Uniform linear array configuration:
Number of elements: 4
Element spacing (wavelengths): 0.25
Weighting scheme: exponential
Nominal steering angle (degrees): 60
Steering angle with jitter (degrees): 59.82
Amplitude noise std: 0.05
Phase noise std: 0.05

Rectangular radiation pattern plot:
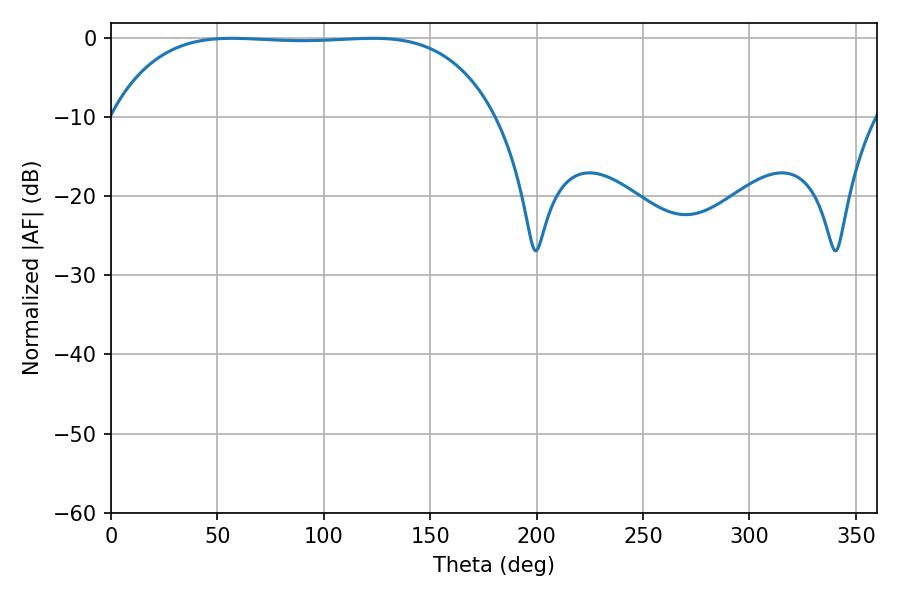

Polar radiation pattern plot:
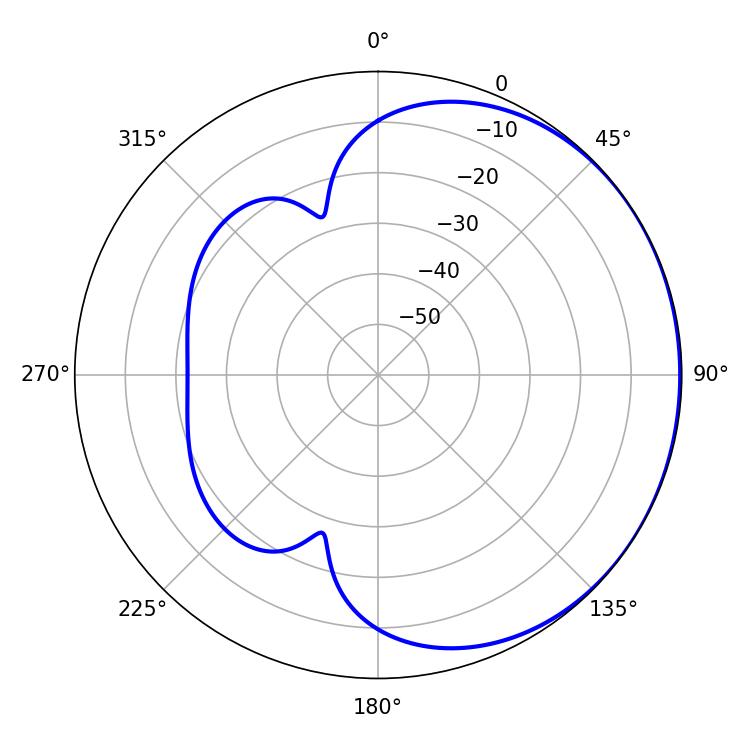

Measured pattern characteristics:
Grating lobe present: FALSE
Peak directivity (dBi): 0.5537
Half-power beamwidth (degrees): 140.76
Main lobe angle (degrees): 56.88